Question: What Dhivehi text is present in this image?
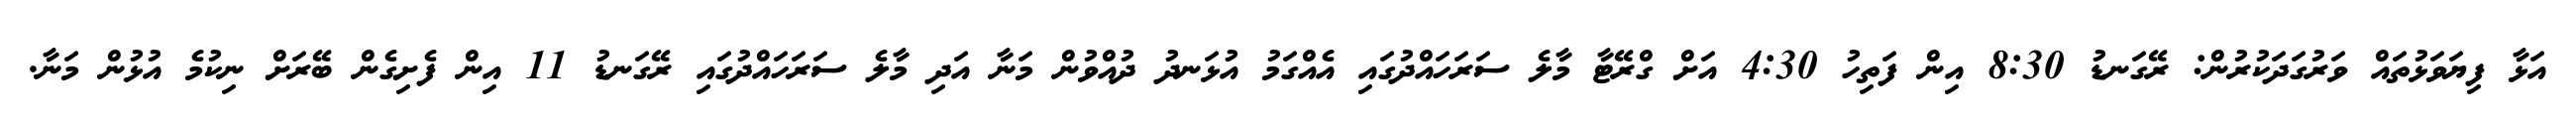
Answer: އަޅާ ފިޔަވަޅުތައް ވަރުގަދަކުރުން: ރޭގަނޑު 8:30 އިން ފަތިހު 4:30 އަށް ގްރޭޓާ މާލެ ސަރަހައްދުގައި އެއްގަމު އުޅަނދު ދުއްވުން މަނާ އަދި މާލެ ސަރަހައްދުގައި ރޭގަނޑު 11 އިން ފެށިގެން ބޭރަށް ނިކުމެ އުޅުން މަނާ.